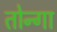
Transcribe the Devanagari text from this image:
तोन्गा